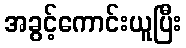
အခွင့်ကောင်းယူပြီး